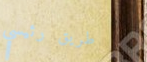
طريق رئيسي